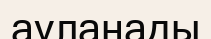
ауланады